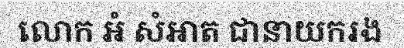
លោក អំ សំអាត ជានាយករង